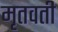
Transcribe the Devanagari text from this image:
मृतवती